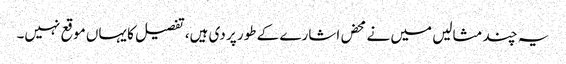
یہ چند مثالیں میں نے محض اشارے کے طور پر دی ہیں، تفصیل کا یہاں موقع نہیں۔